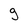
Character: g